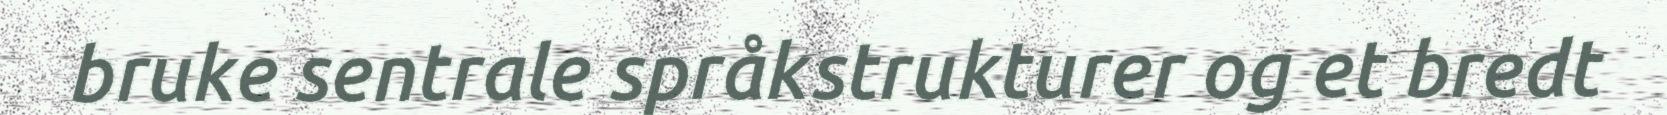
bruke sentrale språkstrukturer og et bredt